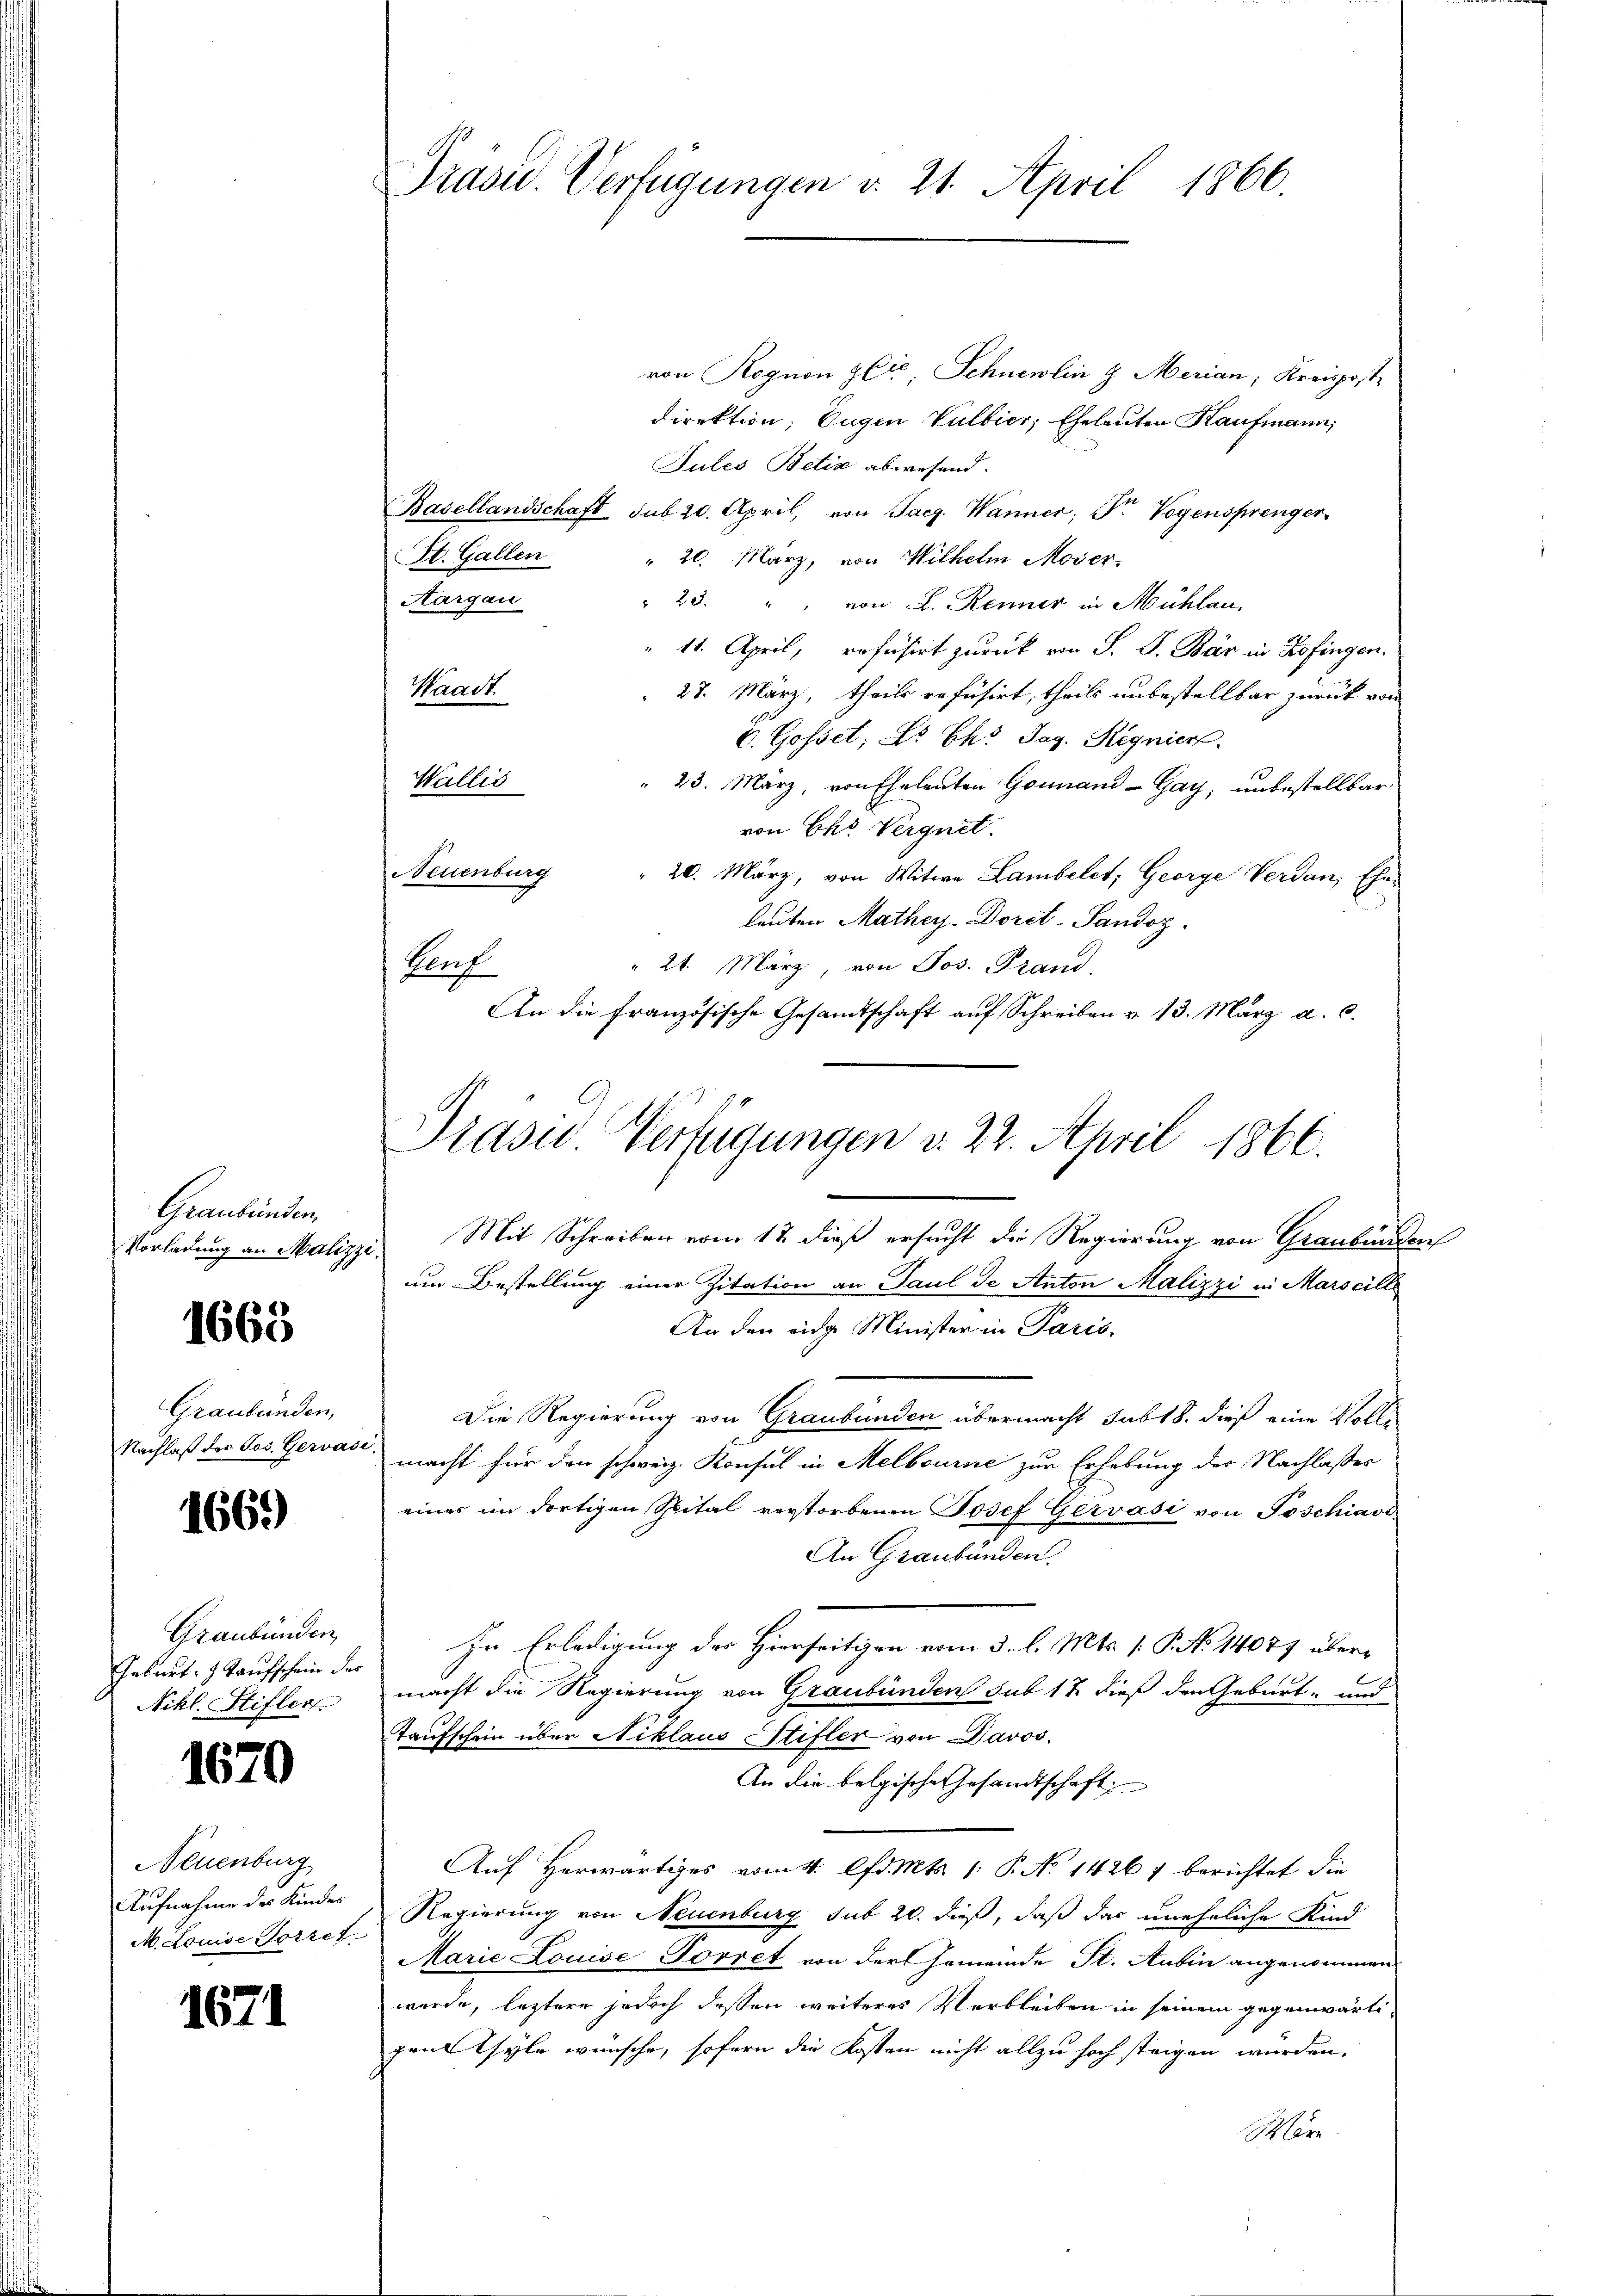
Graubünden.
Vorladung an Malizze

1663

Graubünden,
Nachlaß des Jos. Gervas

1669)

Graubünden
Geburt. 1 Taufschein der
Nikl. Stifler

670

Neuenburg
Aufnahme des Kindes
A. Louise Torret

1671

Präsu. Verfügungen v. 21. April 1866.

von Rognon Zeit, Schnewlin & Merian; Kreispost
direktion; Eugen Vulbier, Eheleuten Kaufmann,
Jules Betia abwesend.
Basellandschaft sub 20. April, von Tag. Wanner; Fr. Vegensprenger
20. März, von Wilhelm Moser.
Aargau
" 23. " " von L. Renner in Mühlau
11. April, rofusirt zurück von S. S. Bär in Zofingen.
 27. März, theils refusirt, theils unbestellbar zurück von
C. Gosset; L. Ehr Tag. Regnier.
Wallis
" 23. März, von Eheleuten Gommand -Gay, unbestellbar,
von Chr. Vergnet.
Neuenburg " 20. März, von Witwe Lambelct; George Verdan, Eheleuten Mathey-Doret-Pandoz.
" 21. März, von Jos. Frand,
Porf.
An die Französische Gesamtschaft auf Schreiben v. 13. März a. c.
Mit Schreiben vom 12. dieß ersucht die Regierung von Graubünden
um Bestellung einer Zitation an Paul de Anton Malizzi in Marseill
An den eidge Minister in Paris.
Die Regierung von Graubünden übermacht subt 8. dieß eine Vollmacht für den schweiz. Konsul in Melbourne zur Erhebung der Nachlasses
eines im dortigen Spital verstorbenen Josef Gervási von Poschiavi
An Graubünden.
In Erledigung der Hierseitigen vom 3. l. Mts. 1. P. No 14077 übermacht die Regierung von Graubünden sub 17 dieß den Geburt, und
Taufschein über Niklaus Stifler von Davos.
An die belgische Gesandtschaft
Auf Herwärtiges vom 4. lfd. Mts. 1. P. No 14267 berichtet die
Regierung von Neuenburg sub 20. dieß, daß das uneheliche Kind
Marie Louise Forret von der Gemeinde St. Aubin angenommen
wurde, leztere jedoch dessen weiteres Verbleiben in seinem gegenwärtipenstsyle wünsche, sofern die Kosten nicht allzu hoch steigen wurden.
Wäre

St. Gallen

Waadt.

Präsid.. Verfügungen d. 22. April 1866.